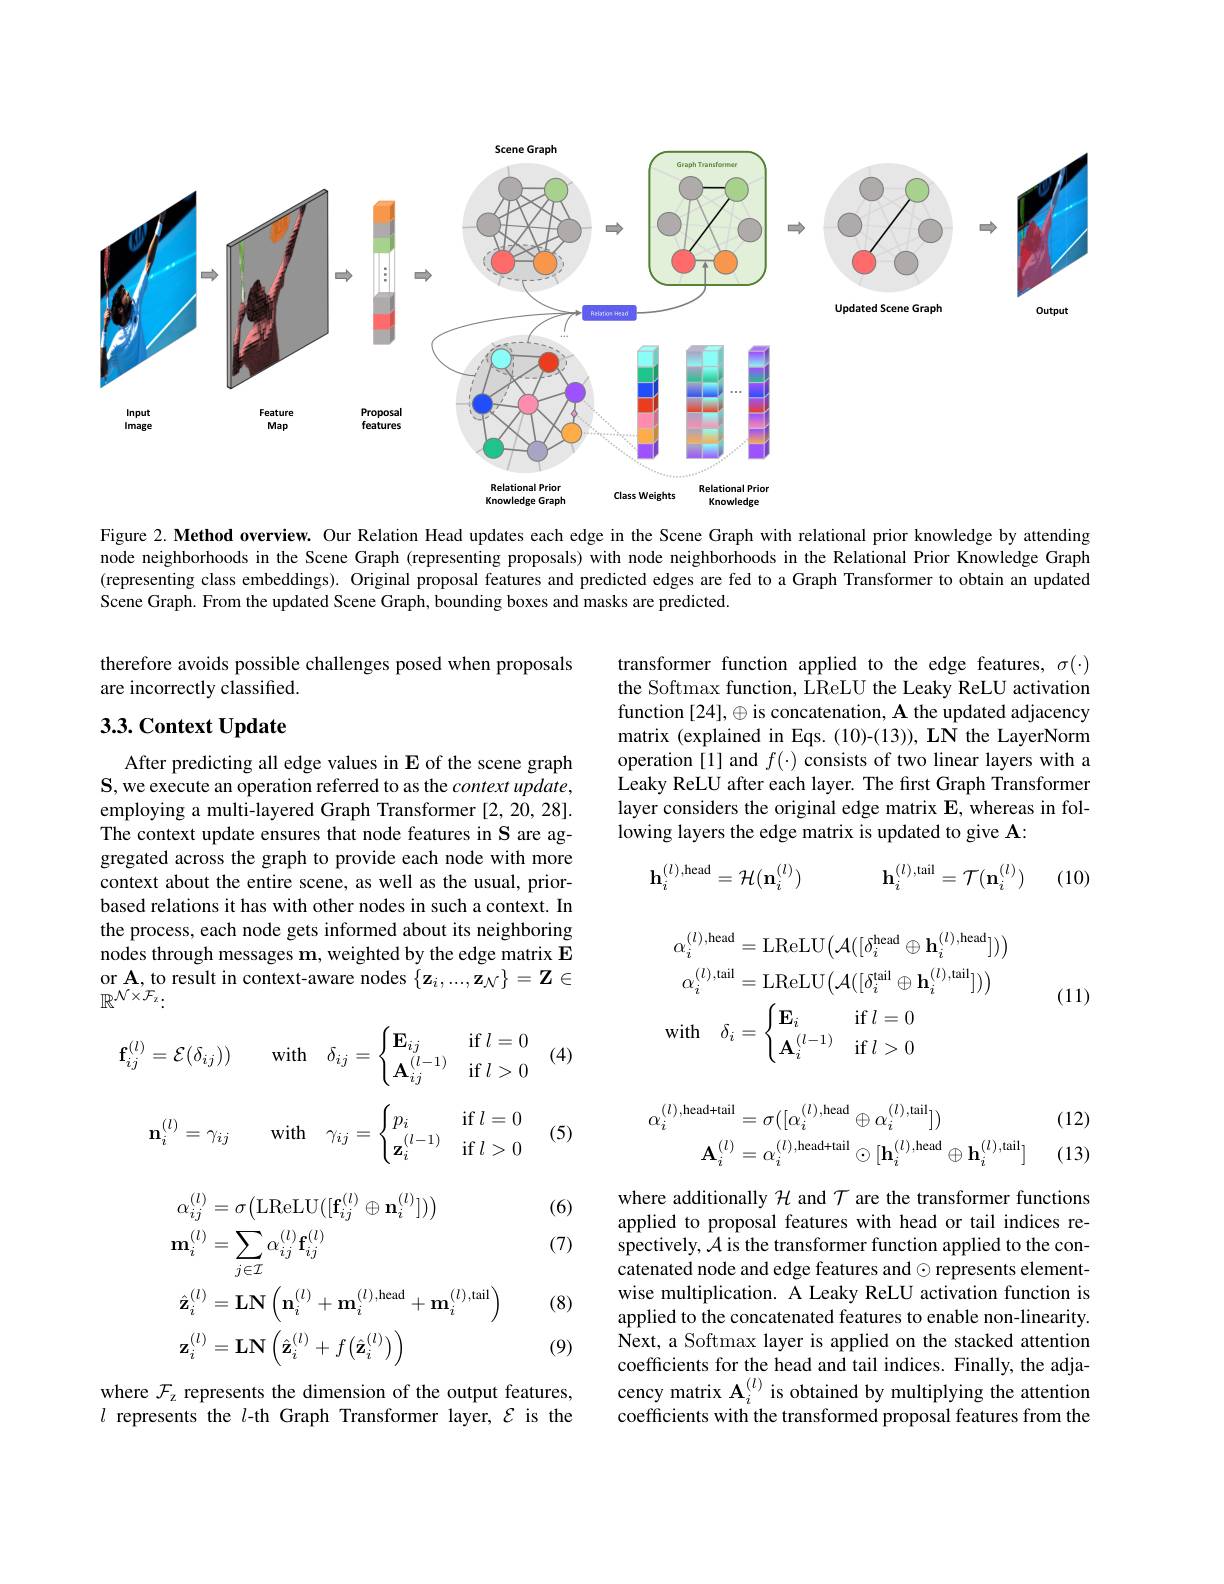
<FigureHere>

Figure 2. Method overview. Our Relation Head updates each edge in the Scene Graph with relational prior knowledge by attending node neighborhoods in the Scene Graph (representing proposals) with node neighborhoods in the Relational Prior Knowledge Graph (representing class embeddings). Original proposal features and predicted edges are fed to a Graph Transformer to obtain an updated Scene Graph. From the updated Scene Graph, bounding boxes and masks are predicted.

therefore avoids possible challenges posed when proposals
are incorrectly classified.

## 3.3. Context Update

$\begin{array}{ll}\text{transformer function applied to the edge features, }\sigma(\cdot)\\\text{the Softmax function, LReLU the Leaky ReLU activation}\end{array}$ function [24], $\oplus$ is concatenation, A the updated adjacency matrix (explained in Eqs. (10)-(13)), LN the LayerNorm operation [1] and $f(\cdot)$ consists of two linear layers with a Leaky ReLU after each layer. The first Graph Transformer layer considers the original edge matrix $\mathbf{E}$, whereas in following layers the edge matrix is updated to give A:
$$\mathbf{h}_{i}^{(l),\mathrm{head}}=\mathcal{H}(\mathbf{n}_{i}^{(l)})\quad\mathbf{h}_{i}^{(l),\mathrm{tail}}=\mathcal{T}(\mathbf{n}_{i}^{(l)})$$
(10)

After predicting all edge values in E of the scene graph $\mathbf{S}$, we execute an operation referred to as the context update, employing a multi-layered Graph Transformer [2,20,28]. The context update ensures that node features in S are aggregated across the graph to provide each node with more context about the entire scene, as well as the usual, priorbased relations it has with other nodes in such a context. In the process, each node gets informed about its neighboring nodes through messages $\mathbf{m}$, weighted by the edge matrix E or A, to result in context-aware nodes $\{\mathbf{z}_i,...,\mathbf{z}_{\mathcal{N}}\}=\mathbf{Z}\in$ $\mathbb{R}^{\mathcal{N}\times^{\prime}\mathcal{F}_{\mathrm{z}}}.$

(11)
$$\begin{aligned}\alpha_{i}^{(l),\mathrm{head}}&=\mathrm{LReLU}\big(\mathcal{A}([\delta_{i}^{\mathrm{head}}\oplus\mathbf{h}_{i}^{(l),\mathrm{head}}])\big)\\\alpha_{i}^{(l),\mathrm{tail}}&=\mathrm{LReLU}\big(\mathcal{A}([\delta_{i}^{\mathrm{tail}}\oplus\mathbf{h}_{i}^{(l),\mathrm{tail}}])\big)\\\mathrm{with}\quad\delta_{i}&=\begin{cases}\mathbf{E}_{i}&\mathrm{if}\:l=0\\\mathbf{A}_{i}^{(l-1)}&\mathrm{if}\:l>0\end{cases}\end{aligned}$$
$$\begin{aligned}\mathbf{f}_{ij}^{(l)}=\mathcal{E}(\delta_{ij}))\quad\mathrm{with}\quad\delta_{ij}=\begin{cases}\mathbf{E}_{ij}&\mathrm{if}\:l=0\\\mathbf{A}_{ij}^{(l-1)}&\mathrm{if}\:l>0\end{cases}\\\mathbf{n}_{i}^{(l)}=\gamma_{ij}\quad\mathrm{with}\quad\gamma_{ij}=\begin{cases}p_i&\mathrm{if}\:l=0\\\mathbf{z}_i^{(l-1)}&\mathrm{if}\:l>0\end{cases}\end{aligned}$$
(12)

(13)
$$\begin{aligned}\alpha_{i}^{(l),\mathrm{head+tail}}&=\sigma([\alpha_{i}^{(l),\mathrm{head}}\oplus\alpha_{i}^{(l),\mathrm{tail}}])\\\mathbf{A}_{i}^{(l)}&=\alpha_{i}^{(l),\mathrm{head+tail}}\odot[\mathbf{h}_{i}^{(l),\mathrm{head}}\oplus\mathbf{h}_{i}^{(l),\mathrm{tail}}]\end{aligned}$$
(6)

(7)
$$\begin{aligned}&\alpha_{ij}^{(l)}=\sigma\big(\mathrm{LReLU}([\mathbf{f}_{ij}^{(l)}\oplus\mathbf{n}_{i}^{(l)}])\big)\\&\mathbf{m}_{i}^{(l)}=\sum_{j\in\mathcal{I}}\alpha_{ij}^{(l)}\mathbf{f}_{ij}^{(l)}\\&\hat{\mathbf{z}}_{i}^{(l)}=\mathbf{LN}\left(\mathbf{n}_{i}^{(l)}+\mathbf{m}_{i}^{(l),\mathrm{head}}+\mathbf{m}_{i}^{(l),\mathrm{tail}}\right)\\&\mathbf{z}_{i}^{(l)}=\mathbf{LN}\left(\hat{\mathbf{z}}_{i}^{(l)}+f\left(\hat{\mathbf{z}}_{i}^{(l)}\right)\right)\end{aligned}$$
(8)

where additionally $\mathcal{H}$ and $\mathcal{T}$ are the transformer functions applied to proposal features with head or tail indices respectively, $\hat{\mathcal{A}}$ is the transformer function applied to the concatenated node and edge features and $\odot$ represents elementwise multiplication. A Leaky ReLU activation function is applied to the concatenated features to enable non-linearity. Next, a Softmax layer is applied on the stacked attention coefficients for the head and tail indices. Finally, the adjacency matrix $\mathbf{A}_i^{(l)}$ is obtained by multiplying the attention coefficients with the transformed proposal features from the

(9)

where $\mathcal{F}_\mathrm{z}$ represents the dimension of the output features, $l$ represents the $l$-th Graph Transformer layer, $\mathcal{E}$ is the